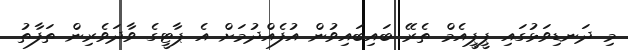
މި ދަނޑިވަޅުގައި ޕީޕީއެމް ތެރޭ ބައިބައިވުން އުފެއްދުމަށް އެ ޕާޓީގެ ވާދަވެރިން ތަފާތު